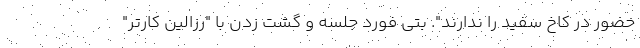
حضور در کاخ سفید را ندارند". بتی فورد جلسه و گشت زدن با "رزالین کارتر"